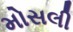
મોસલી